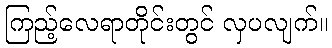
ကြည့်လေရာတိုင်းတွင် လှပလျက်။